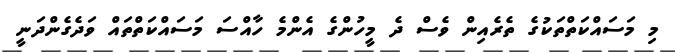
މި މަސައްކަތްތަކުގެ ތެރެއިން ވެސް ދެ މީހުންގެ އެންމެ ހާއްސަ މަސައްކަތްތައް ވަދެގެންދަނީ